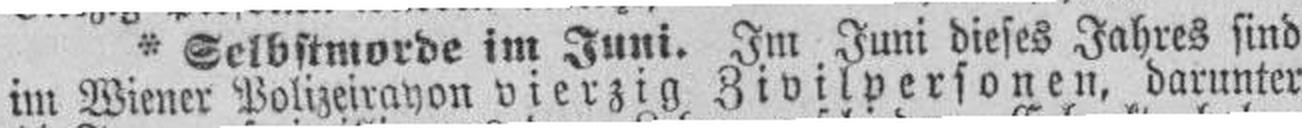
im Wiener Polizeirayon vierzig Zivilpersonen, darunter